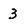
Character: 3